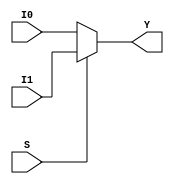
module mux2to1(I0,I1,S,Y);
input I0,I1,S;
output reg Y;

always@(I0 or I1 or S) begin
	if(S == 0) Y = I0;
	else Y = I1;
end

endmodule